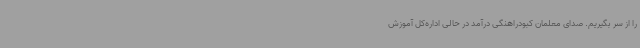
را از سر بگیریم. صدای معلمان کبودراهنگی‌ درآمد در حالی اداره‌کل آموزش